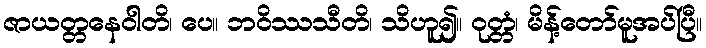
ဇာယတ္တနေဝါတိ၊ ပေ။ ဘဝိဿသီတိ၊ သိဟူ၍။ ဝုတ္တံ၊ မိန့်တော်မူအပ်ပြီ။